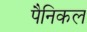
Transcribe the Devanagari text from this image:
पैनिकल